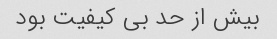
بیش از حد بی کیفیت بود